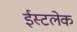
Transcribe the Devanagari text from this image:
ईस्टलेक